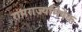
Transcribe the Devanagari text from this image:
रामराज्यमिषेक